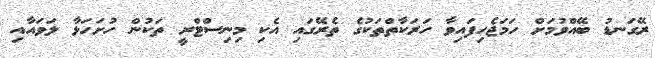
ރޭގަނޑު ބޭއްވުމަށް ހަމަޖެހިފައިވާ ހަރަކާތްތަކުގެ ތެރޭގައި އެކި މިނިސްޓްރީ ތަކުން ހުށަހަޅާ ލަވައާއި